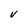
Character: V